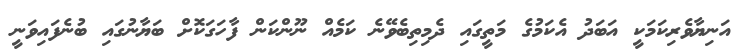
އަނިޔާވެރިކަމަކީ އަބަދު އެކަމުގެ މަތީގައި ދެމިތިބެވޭނެ ކަމެއް ނޫންކަން ފާހަގަކޮށް ބަޔާނުގައި ބުނެފައިވަނީ